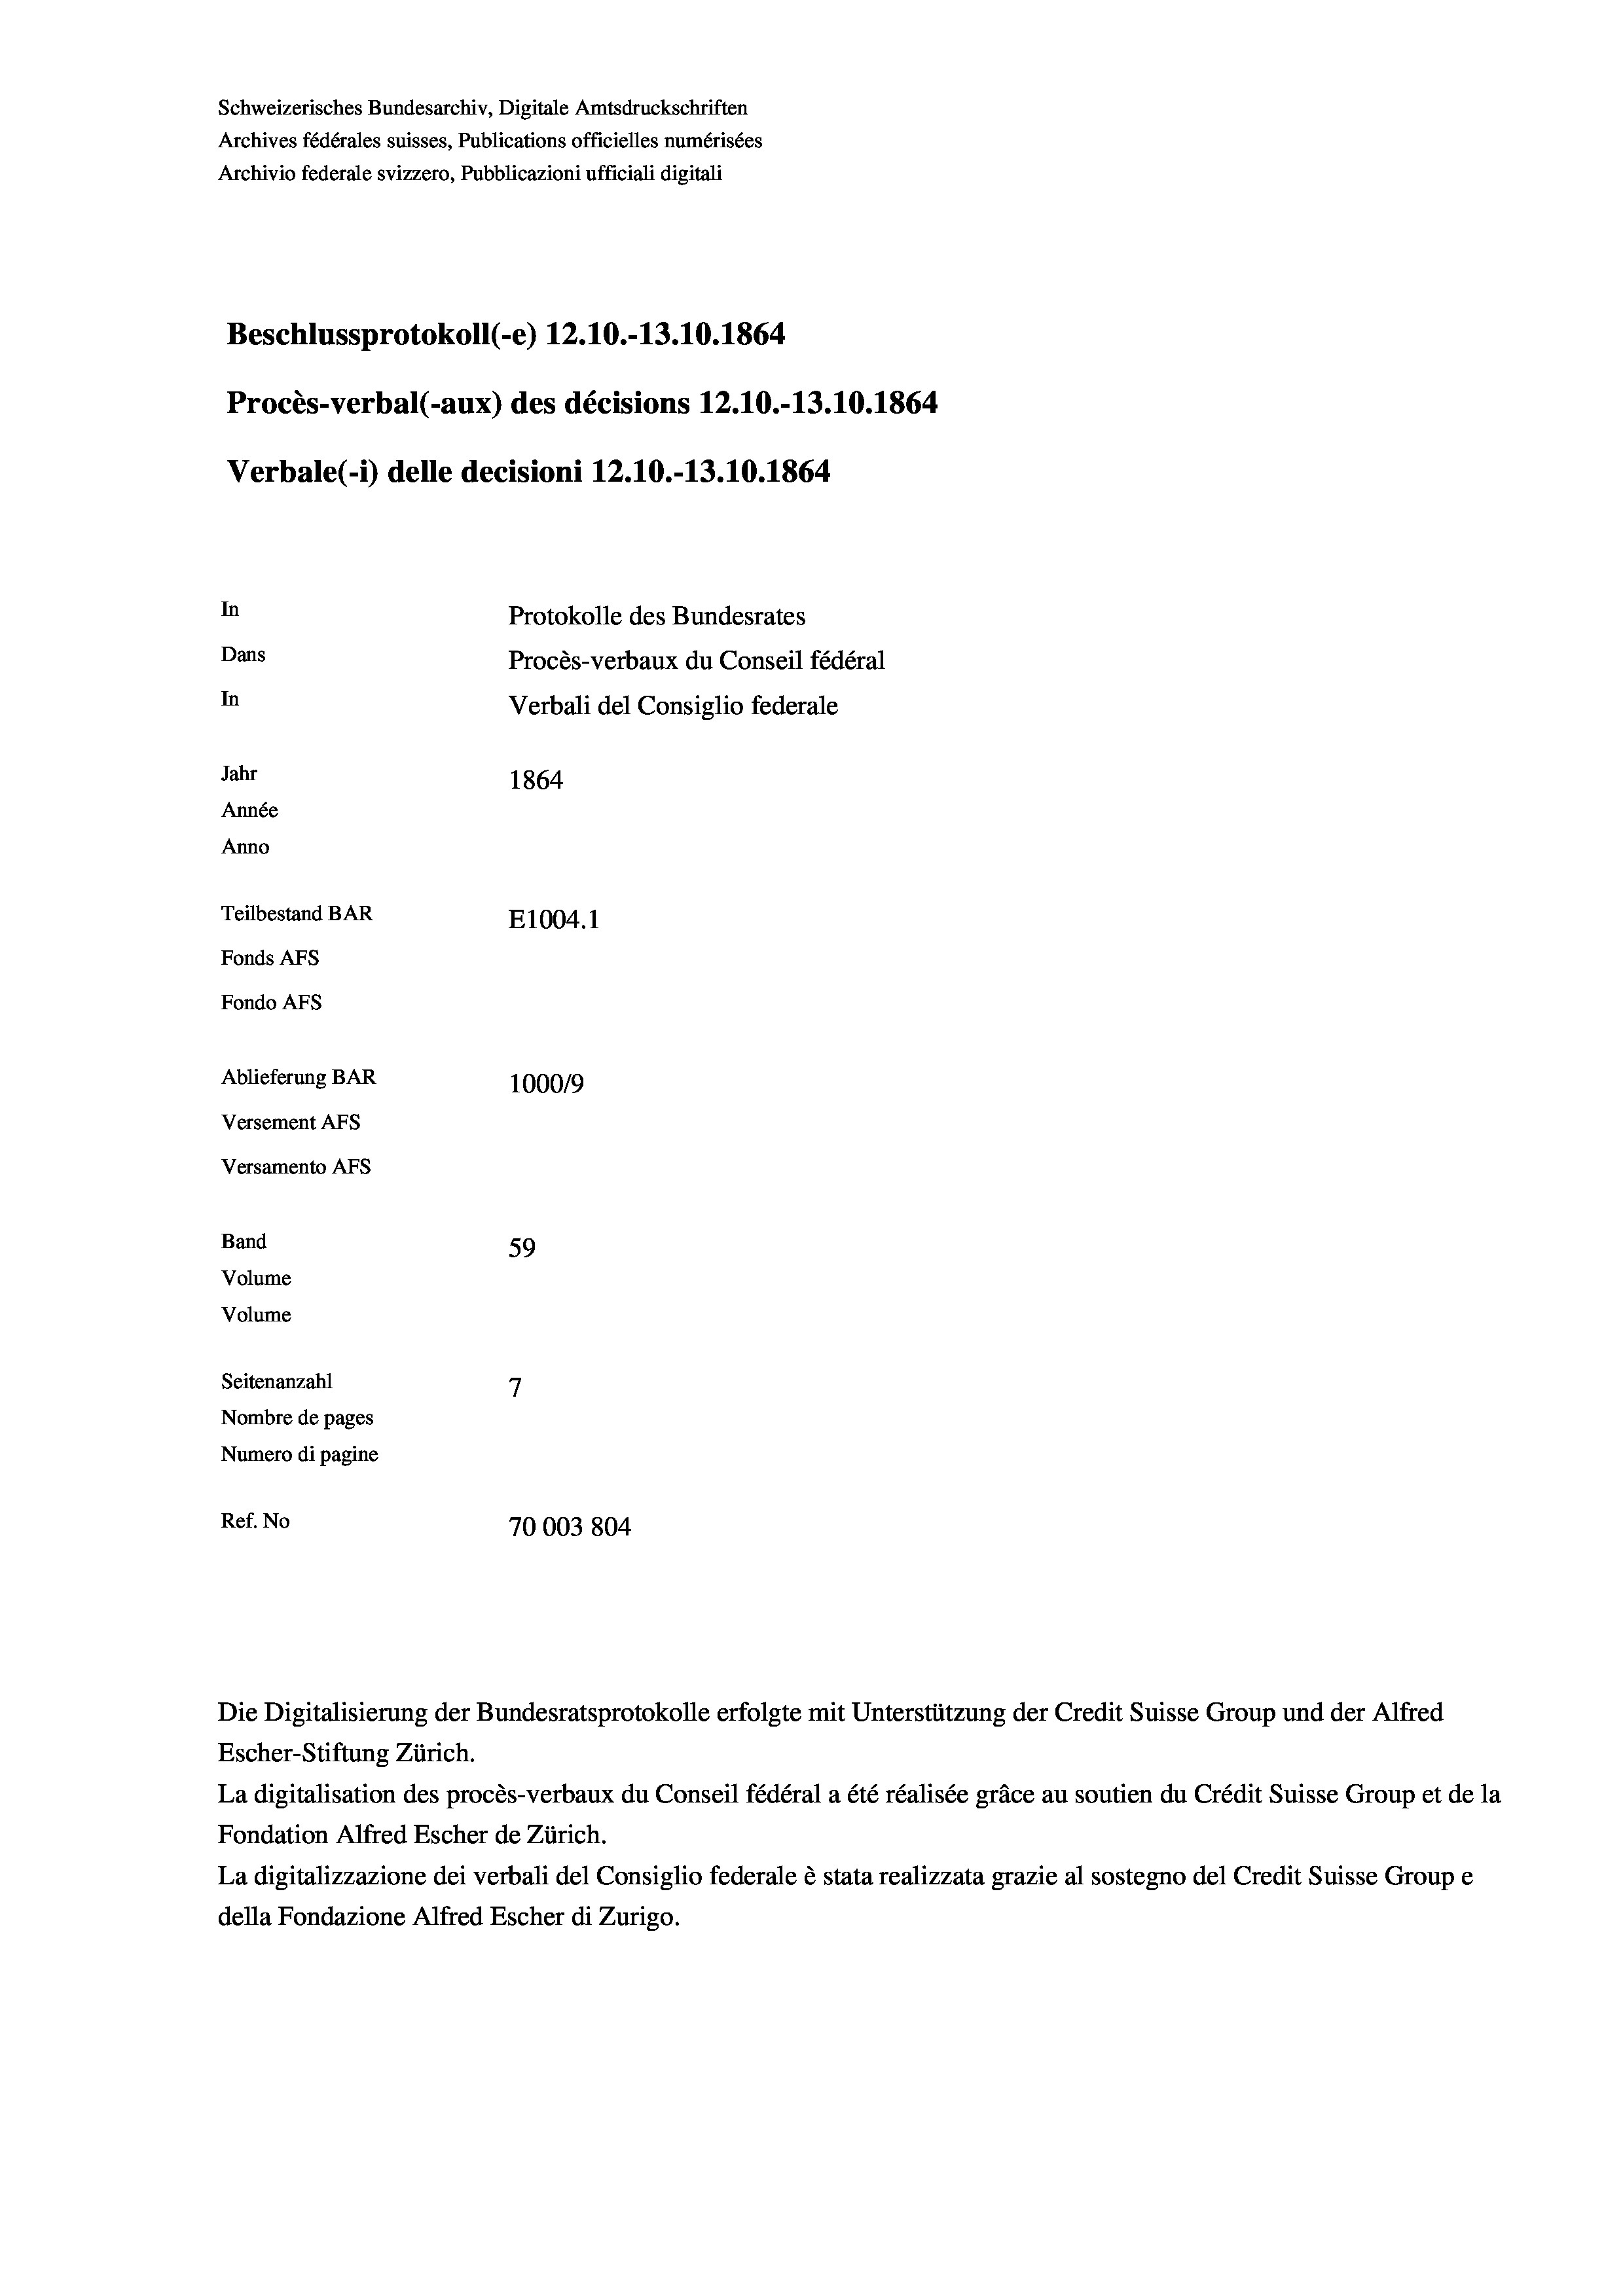
Schweizerisches Bundesarchiv, Digitale Amtsdruckschriften
Archives fédérales suisses, Publications officielles numérisées
Archivio federale svizzero, Pubblicazioni ufficiali digitali
Beschlussprotokoll (-e) 12.10.-13.10. 1864
Procès-verbal (-aux) des décisions 12.10.-13.10.1864
Verbale(-*) delle decisioni 12.10.-13.10.1864
In
Protokolle des Bundesrates
Dans
Procès-verbaux du Conseil fédéral
In
Verbali del Consiglio federale
Jahr
1864
Année
Anno
Teilbestand BAR
E1004.1
Fonds AFs
Fondo AFs
Ablieferung BAR
100019
Versement As
Versamento AFS
Band
59
Volume
Volume

7
Seitenanzahl
Nombre de pages
Numero di pagine
Ref. No
70003804

Escher-Stiftung Zürich.
La digitalisation des procès-verbaux du Conseil fédéral a été réalisée gräce au soutien du Crédit Suisse Group et de la
Fondation Alfred Escher de Zürich.
La digitalizzazione dei verbali del Consiglio federale è stata realizzata grazie al sostegno del Credit Suisse Groupe
della Fondazione Alfred Escher di Zurigo.

Die Digitalisierung der Bundesratsprotokolle erfolgte mit Unterstützung der Credit Suisse Group und der Alfred